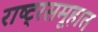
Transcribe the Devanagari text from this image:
राष्ट्रसमूहात